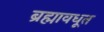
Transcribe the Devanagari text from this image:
ब्रह्मावधूत